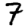
Digit: 7